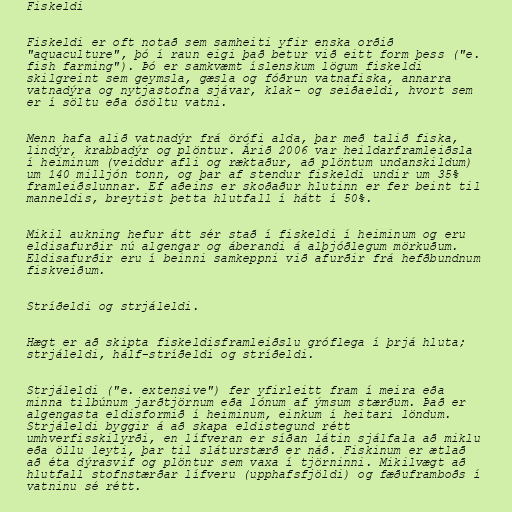
Fiskeldi

Fiskeldi er oft notað sem samheiti yfir enska orðið
"aquaculture", þó í raun eigi það betur við eitt form þess ("e.
fish farming"). Þó er samkvæmt íslenskum lögum fiskeldi
skilgreint sem geymsla, gæsla og fóðrun vatnafiska, annarra
vatnadýra og nytjastofna sjávar, klak- og seiðaeldi, hvort sem
er í söltu eða ósöltu vatni.

Menn hafa alið vatnadýr frá örófi alda, þar með talið fiska,
lindýr, krabbadýr og plöntur. Árið 2006 var heildarframleiðsla
í heiminum (veiddur afli og ræktaður, að plöntum undanskildum)
um 140 milljón tonn, og þar af stendur fiskeldi undir um 35%
framleiðslunnar. Ef aðeins er skoðaður hlutinn er fer beint til
manneldis, breytist þetta hlutfall í hátt í 50%.

Mikil aukning hefur átt sér stað í fiskeldi í heiminum og eru
eldisafurðir nú algengar og áberandi á alþjóðlegum mörkuðum.
Eldisafurðir eru í beinni samkeppni við afurðir frá hefðbundnum
fiskveiðum.

Stríðeldi og strjáleldi.

Hægt er að skipta fiskeldisframleiðslu gróflega í þrjá hluta;
strjáleldi, hálf-stríðeldi og stríðeldi.

Strjáleldi ("e. extensive") fer yfirleitt fram í meira eða
minna tilbúnum jarðtjörnum eða lónum af ýmsum stærðum. Það er
algengasta eldisformið í heiminum, einkum í heitari löndum.
Strjáleldi byggir á að skapa eldistegund rétt
umhverfisskilyrði, en lífveran er síðan látin sjálfala að miklu
eða öllu leyti, þar til sláturstærð er náð. Fiskinum er ætlað
að éta dýrasvif og plöntur sem vaxa í tjörninni. Mikilvægt að
hlutfall stofnstærðar lífveru (upphafsfjöldi) og fæðuframboðs í
vatninu sé rétt.